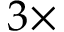
3 \times